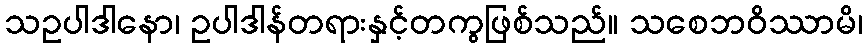
သဥပါဒါနော၊ ဥပါဒါန်တရားနှင့်တကွဖြစ်သည်။ သစေဘဝိဿာမိ၊